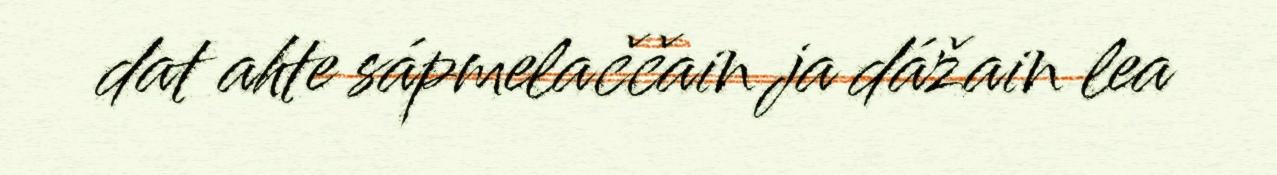
dat ahte sápmelaččain ja dážain lea